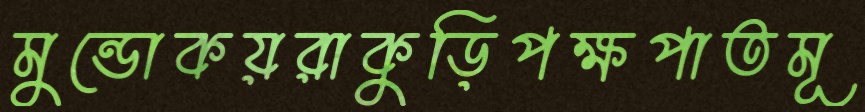
মুন্ডোকয়রাকুড়িপক্ষপাতমূ